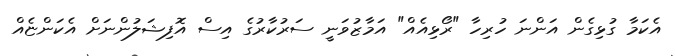
އެކަމާ ގުޅިގެން އަންނަ ހުރިހާ "ރޯޅިއެއް" އަމާޒުވަނީ ސަރުކާރުގެ އިސް އޮފިޝަލުންނަށް އެކަންޏެއް